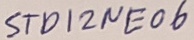
Text: STD12NE06